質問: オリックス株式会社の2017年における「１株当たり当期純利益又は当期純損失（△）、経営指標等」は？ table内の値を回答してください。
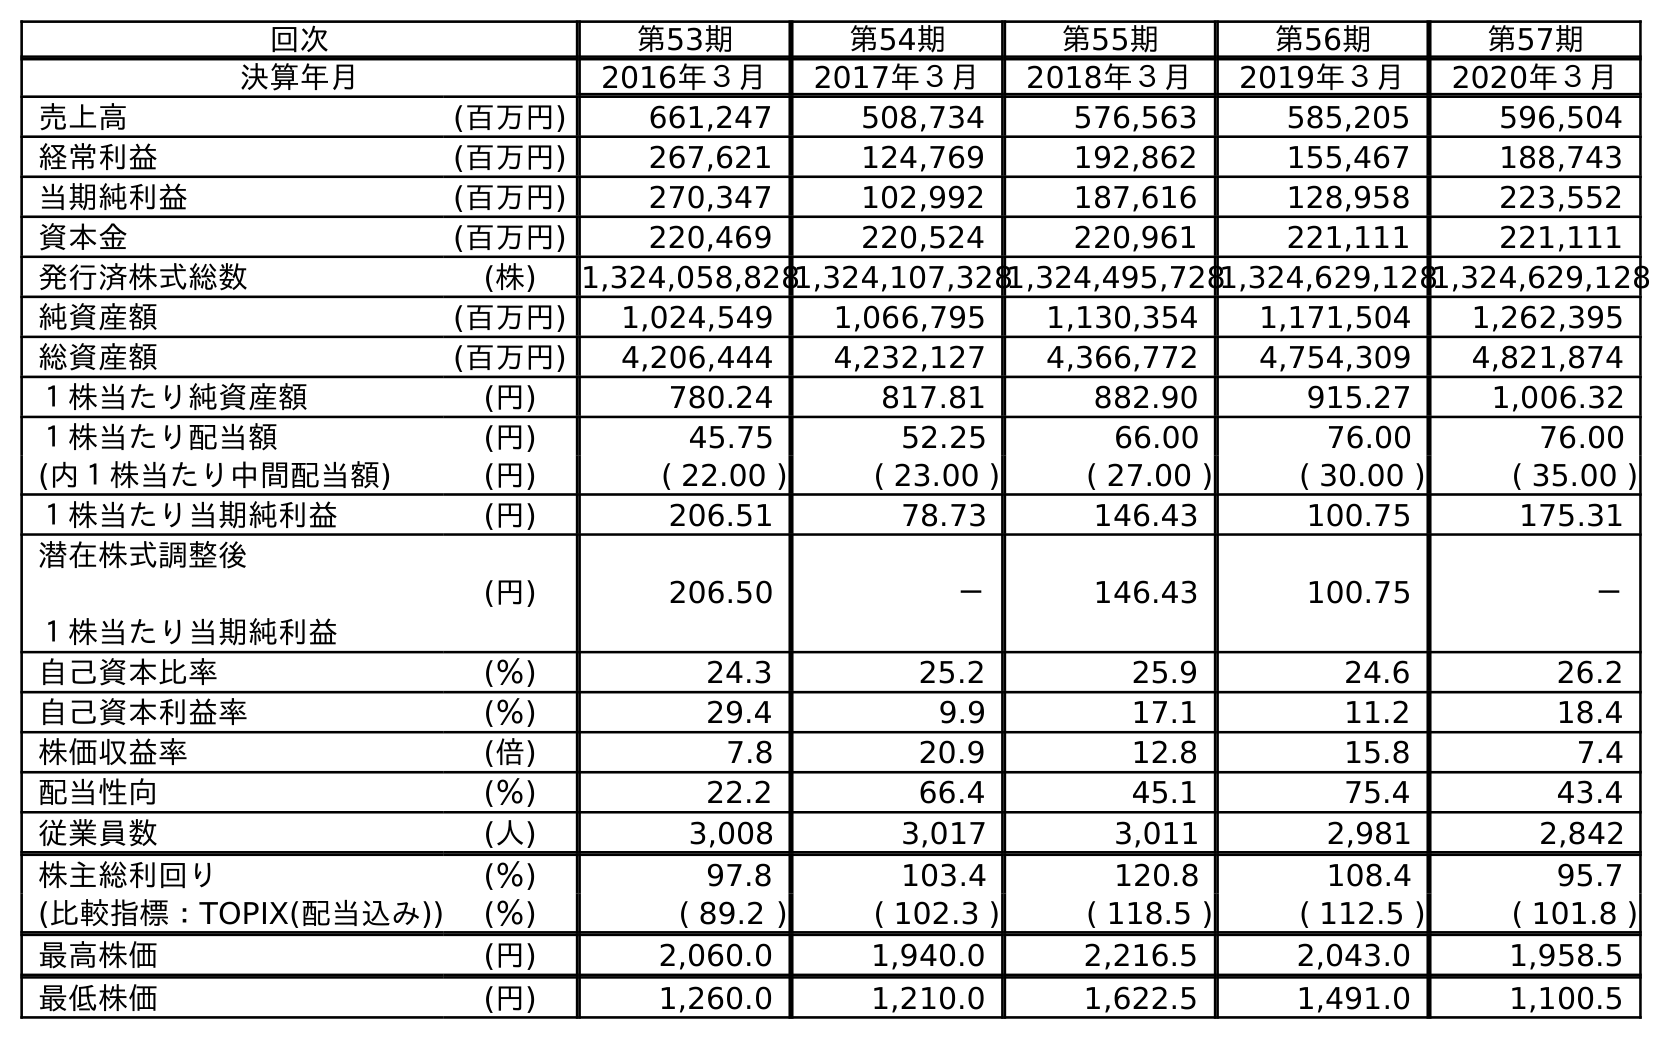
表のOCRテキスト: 回次 第53期 第54期 第55期 第56期 第57期 決算年月 2016年３月 2017年３月 2018年３月 2019年３月 2020年３月 売上高 (百万円) 661,247 508,734 576,563 585,205 596,504 経常利益 (百万円) 267,621 124,769 192,862 155,467 188,743 当期純利益 (百万円) 270,347 102,992 187,616 128,958 223,552 資本金 (百万円) 220,469 220,524 220,961 221,111 221,111 発行済株式総数 (株) 1,324,058,8281,324,107,3281,324,495,7281,324,629,1281,324,629,128 純資産額 (百万円) 1,024,549 1,066,795 1,130,354 1,171,504 1,262,395 総資産額 (百万円) 4,206,444 4,232,127 4,366,772 4,754,309 4,821,874 １株当たり純資産額 (円) 780.24 817.81 882.90 915.27 1,006.32 １株当たり配当額 (円) 45.75 52.25 66.00 76.00 76.00 (内１株当たり中間配当額) (円) ( 22.00 ) ( 23.00 ) ( 27.00 ) ( 30.00 ) ( 35.00 ) １株当たり当期純利益 (円) 206.51 78.73 146.43 100.75 175.31 潜在株式調整後 １株当たり当期純利益 (円) 206.50 － 146.43 100.75 － 自己資本比率 (％) 24.3 25.2 25.9 24.6 26.2 自己資本利益率 (％) 29.4 9.9 17.1 11.2 18.4 株価収益率 (倍) 7.8 20.9 12.8 15.8 7.4 配当性向 (％) 22.2 66.4 45.1 75.4 43.4 従業員数 (人) 3,008 3,017 3,011 2,981 2,842 株主総利回り (％) 97.8 103.4 120.8 108.4 95.7 (比較指標：TOPIX(配当込み)) (％) ( 89.2 ) ( 102.3 ) ( 118.5 ) ( 112.5 ) ( 101.8 ) 最高株価 (円) 2,060.0 1,940.0 2,216.5 2,043.0 1,958.5 最低株価 (円) 1,260.0 1,210.0 1,622.5 1,491.0 1,100.5
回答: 78.73